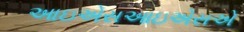
આઇએસઆઇએસએ